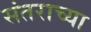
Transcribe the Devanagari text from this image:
संतराच्या